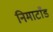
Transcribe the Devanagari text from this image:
निमाटाँड